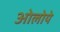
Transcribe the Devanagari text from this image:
ओलोये